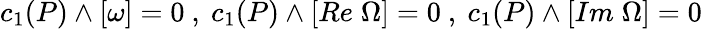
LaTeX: c_{1}(P)\wedge[\omega]=0~,~c_{1}(P)\wedge[Re\; \Omega]=0~,~c_{1}(P)\wedge[Im\; \Omega]=0